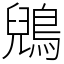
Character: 鶂